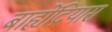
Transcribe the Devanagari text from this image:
बाह्येंद्रियास